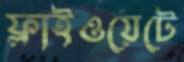
ফ্লাইওয়েটে